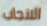
الانجاب